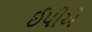
ઈપીએ